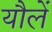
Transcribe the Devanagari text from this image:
यौलें